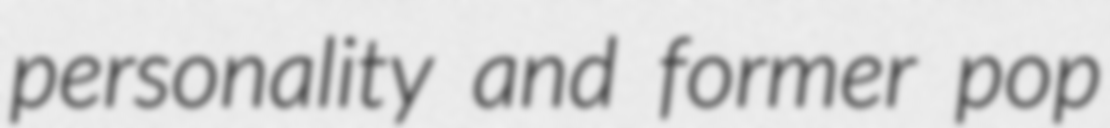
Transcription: personality and former pop